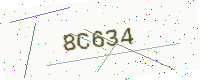
Text: 8C634